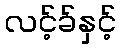
လင့်ခ်နှင့်